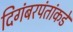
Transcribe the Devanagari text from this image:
दिगंबरपंतांकडे